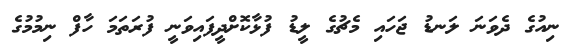
ނިއުގެ ދެވަނަ ލަނޑު ޖަހައި މެޗުގެ ލީޑު ފުޅާކޮށްދީފައިވަނީ ފުރަތަމަ ހާފް ނިމުމުގެ